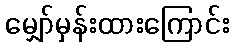
မျှော်မှန်းထားကြောင်း